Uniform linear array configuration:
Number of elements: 64
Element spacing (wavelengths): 1
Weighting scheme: hamming
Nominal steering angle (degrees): -30
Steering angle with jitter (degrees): -30.777
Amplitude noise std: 0.05
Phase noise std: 0.05

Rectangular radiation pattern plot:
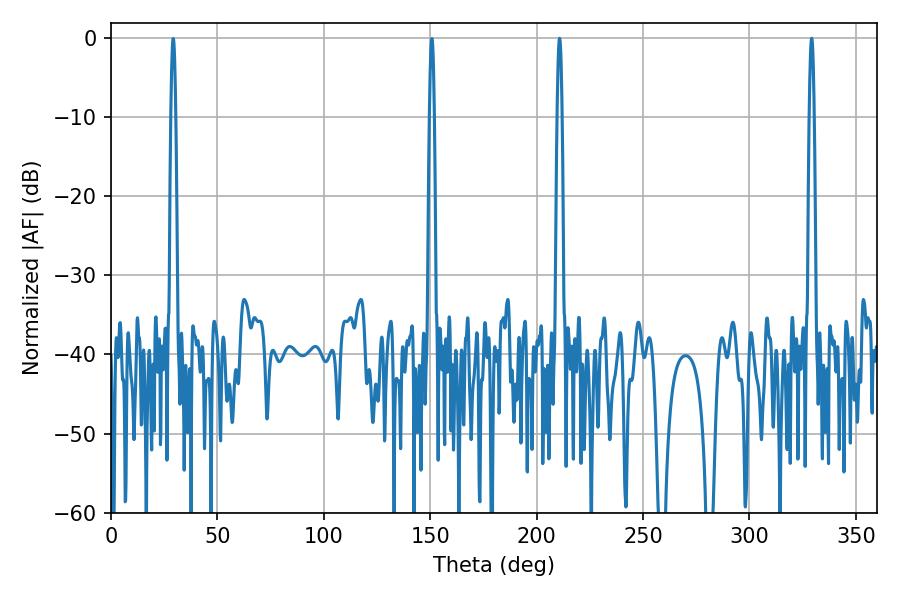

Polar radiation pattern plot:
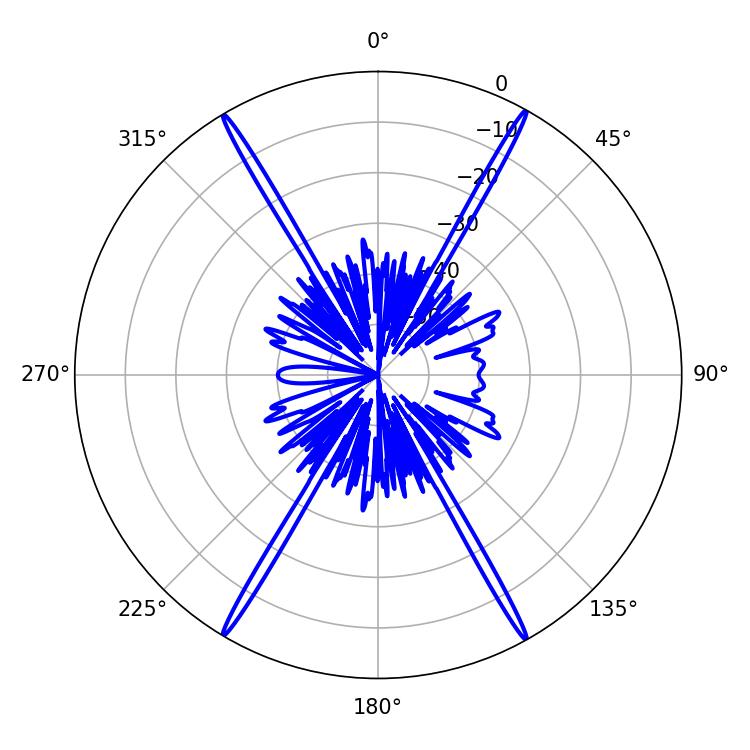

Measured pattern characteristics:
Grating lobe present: TRUE
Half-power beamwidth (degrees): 1.08
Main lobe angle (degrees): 329.22